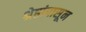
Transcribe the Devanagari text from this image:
श्रेष्ठांपासून